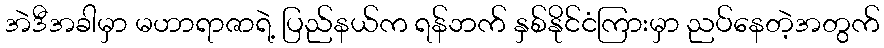
အဲဒီအခါမှာ မဟာရာဇာရဲ့ ပြည်နယ်က ရန်ဘက် နှစ်နိုင်ငံကြားမှာ ညပ်နေတဲ့အတွက်